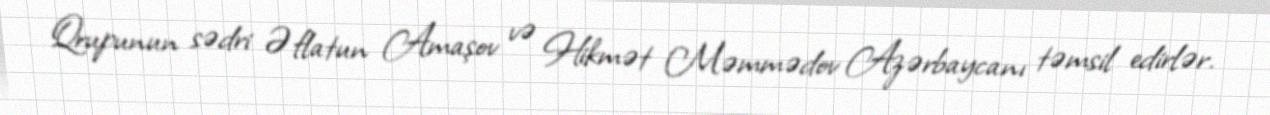
Qrupunun sədri Əflatun Amaşov və Hikmət Məmmədov Azərbaycanı təmsil edirlər.